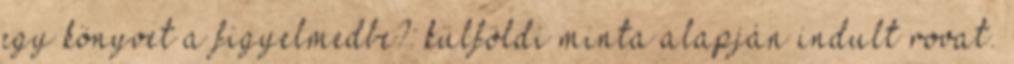
egy könyvet a figyelmedbe?: külföldi minta alapján indult rovat.